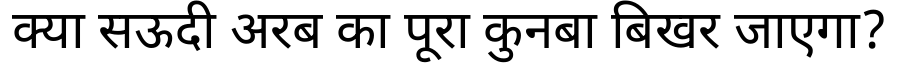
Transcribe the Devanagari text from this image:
क्या सऊदी अरब का पूरा कुनबा बिखर जाएगा?